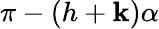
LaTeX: \pi-(h+\mathbf{k})\alpha